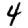
Digit: 4